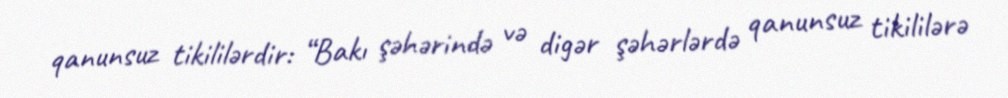
qanunsuz tikililərdir: “Bakı şəhərində və digər şəhərlərdə qanunsuz tikililərə